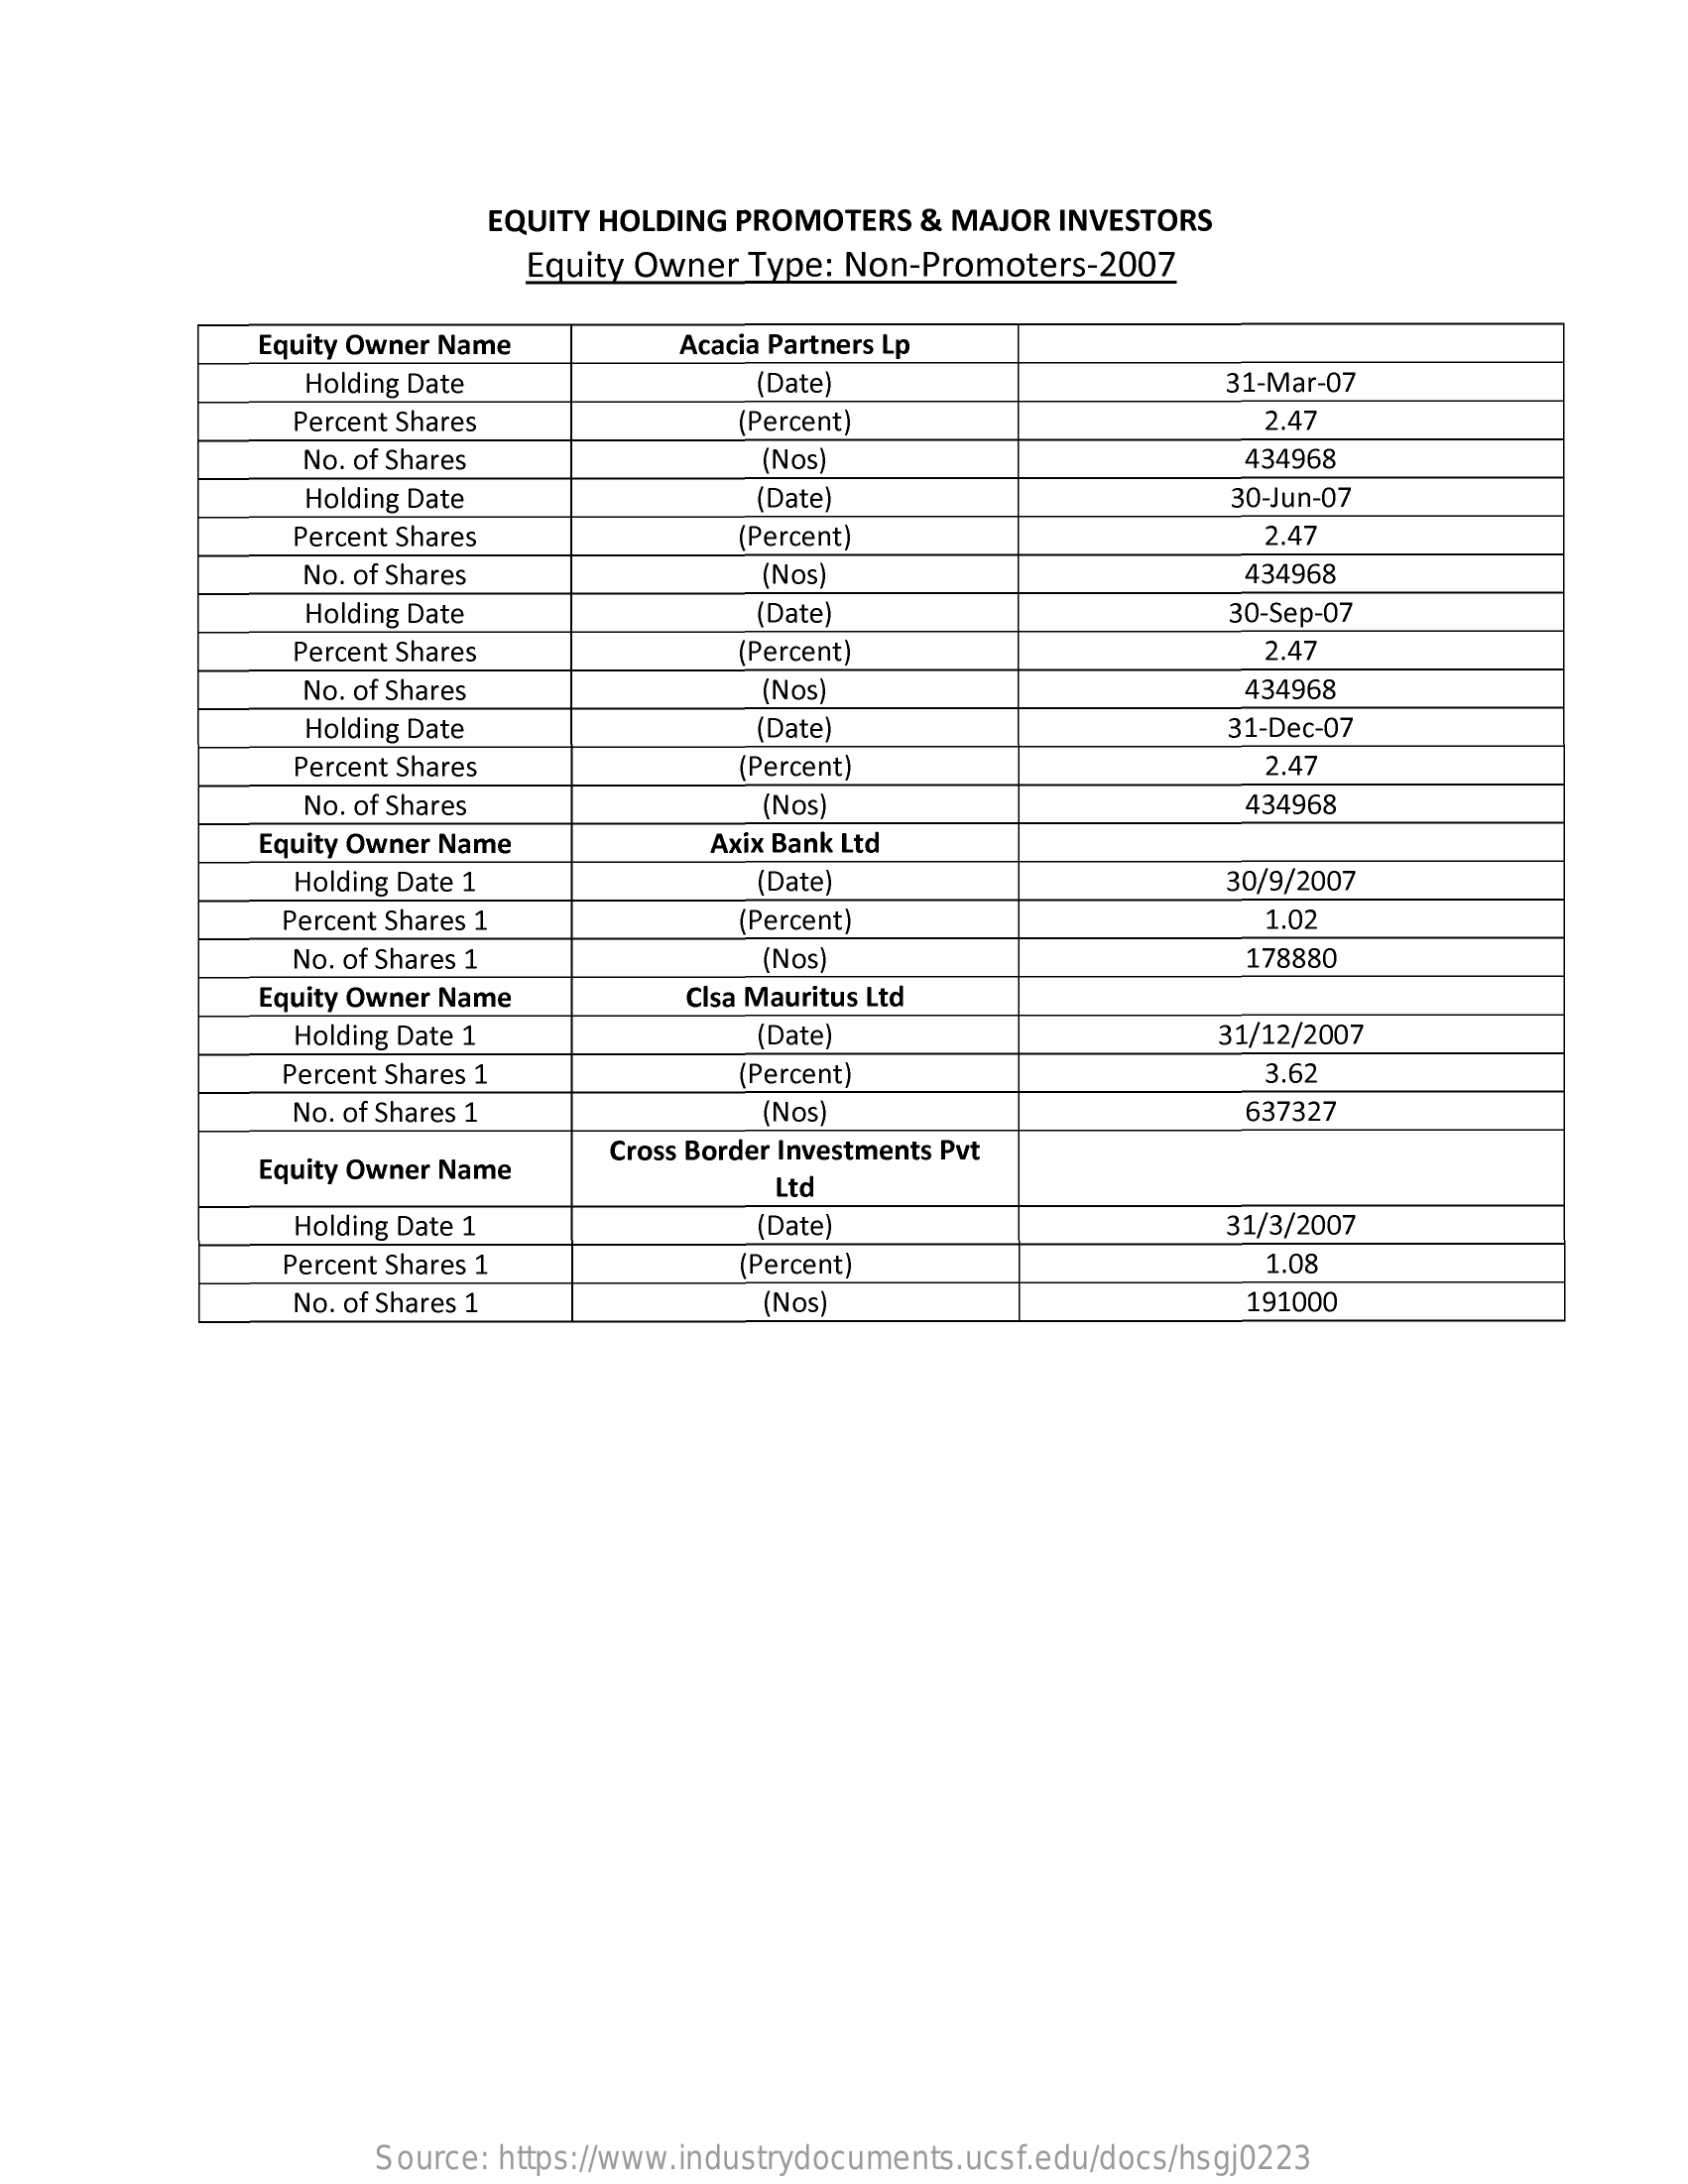
EQUITY HOLDING PROMOTERS   & MAJOR  INVESTORS
     Equity Owner  Type: Non-Promoters-2007
     Equity Owner Name    Acacia Partners Lp
     Holding Date    (Date)    31-Mar-07
     Percent Shares    (Percent)    2.47
     No. of Shares    (Nos    434968
     Holding Date    (Date]    30-Jun-07
     Percent Shares    (Percent)    2.47
     No. of Shares    (Nos)    434968
     Holding Date    (Date    30-Sep-07
     Percent Shares    (Percent)    2.47
     No. of Shares    (Nos    434968
     Holding Date    (Date)    31-Dec-07
     Percent Shares    (Percent)    2.47
     No. of Shares    (Nos)    434968
     Equity Owner Name    Axix Bank Ltd
     Holding Date 1    (Date)    30/9/2007
     Percent Shares 1    (Percent)    1.02
     No. of Shares 1    'Nos)    178880
     Equity Owner Name    Clsa Mauritus Ltd
     Holding Date 1    (Date)    31/12/2007
     Percent Shares 1    (Percent)    3.62
     No. of Shares 1    Nos)    637327
     Equity Owner Name
     Cross Border Investments Pvt
     Ltd
     Holding Date 1    (Date)    31/3/2007
     Percent Shares 1    (Percent)    1.08
     No. of Shares 1    (Nos)    191000
     Source: https://www.industrydocuments.ucsf.edu/docs/hsgj0223